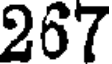
267